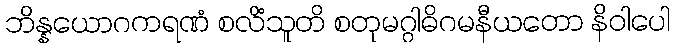
ဘိန္နယောဂကရဏံ စလိံသူတိ စတုမဂ္ဂါဓိဂမနီယတော နိဝါပေါ